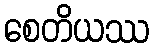
စေတိယဿ